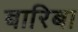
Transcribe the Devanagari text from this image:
बारिबा